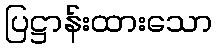
ပြဋ္ဌာန်းထားသော